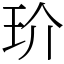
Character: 玠